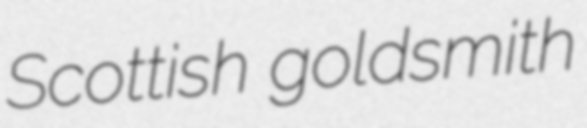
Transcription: Scottish goldsmith